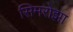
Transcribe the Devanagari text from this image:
सिमरोझा